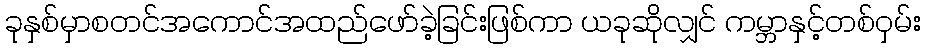
ခုနှစ်မှာစတင်အကောင်အထည်ဖော်ခဲ့ခြင်းဖြစ်ကာ ယခုဆိုလျှင် ကမ္ဘာနှင့်တစ်ဝှမ်း